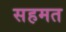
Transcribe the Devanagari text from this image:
सहमत